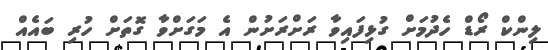
ލިންކް ރޯޑް ހެދުމަށް ގުޅިފައިވާ ރަށްރަށުން އެ މަގަށްވާ ގޮތަށް ހުރި ބައެއް